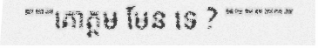
"""គោត្តម មែន ទេ ? """""""